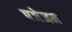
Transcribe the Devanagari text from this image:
पजेजन